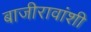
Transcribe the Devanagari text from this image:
बाजीरावांशी